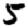
Digit: 5